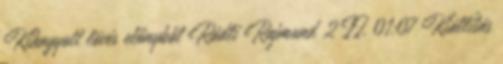
Kihagyott lövés előnyből Rádli Rajmund 2 II. 01:07 Kiállítás